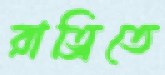
রাত্রিতে